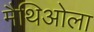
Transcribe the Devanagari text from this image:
मैथिओला